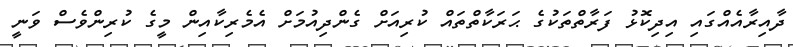
ދާއިރާއެއްގައި އިދިކޮޅު ފަރާތްތަކުގެ ޙަރަކާތްތައް ކުރިއަށް ގެންދިއުމަށް އެމެރިކާއިން މީގެ ކުރިންވެސް ވަނީ